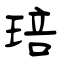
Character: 琣